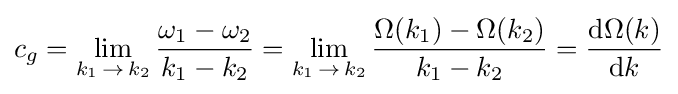
c_{g}=\lim _{k_{1}\,\to \,k_{2}}{\frac {\omega _{1}-\omega _{2}}{k_{1}-k_{2}}}=\lim _{k_{1}\,\to \,k_{2}}{\frac {\Omega (k_{1})-\Omega (k_{2})}{k_{1}-k_{2}}}={\frac {{\text{d}}\Omega (k)}{{\text{d}}k}}